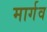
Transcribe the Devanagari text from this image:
मार्गव